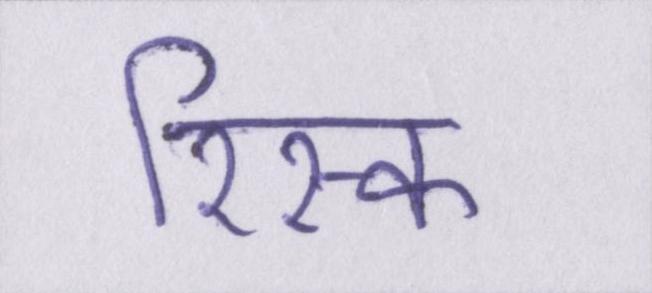
रिस्क